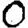
Digit: 0